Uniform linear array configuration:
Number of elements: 24
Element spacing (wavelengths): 1
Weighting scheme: kaiser
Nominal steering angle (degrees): -60
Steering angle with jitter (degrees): -61.282
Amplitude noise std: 0.05
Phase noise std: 0.05

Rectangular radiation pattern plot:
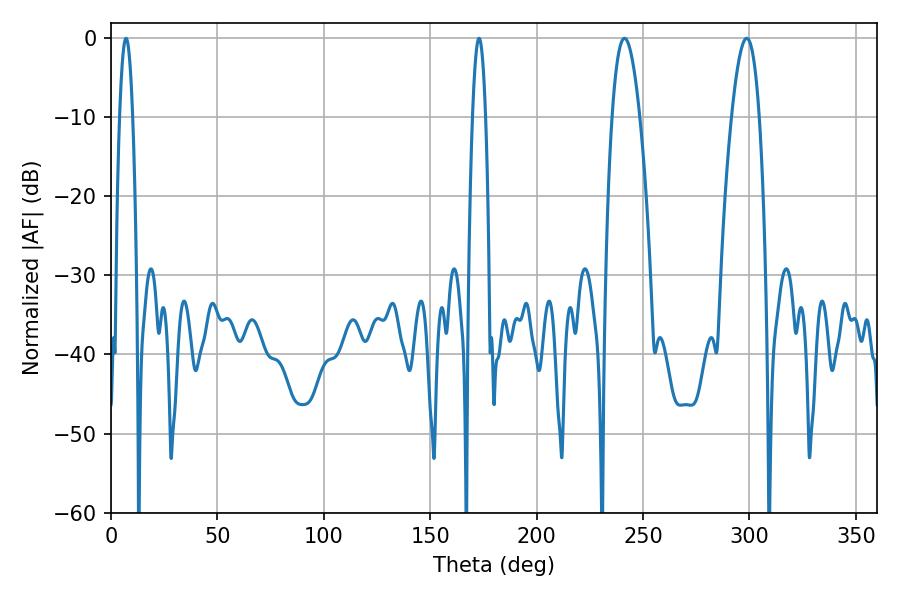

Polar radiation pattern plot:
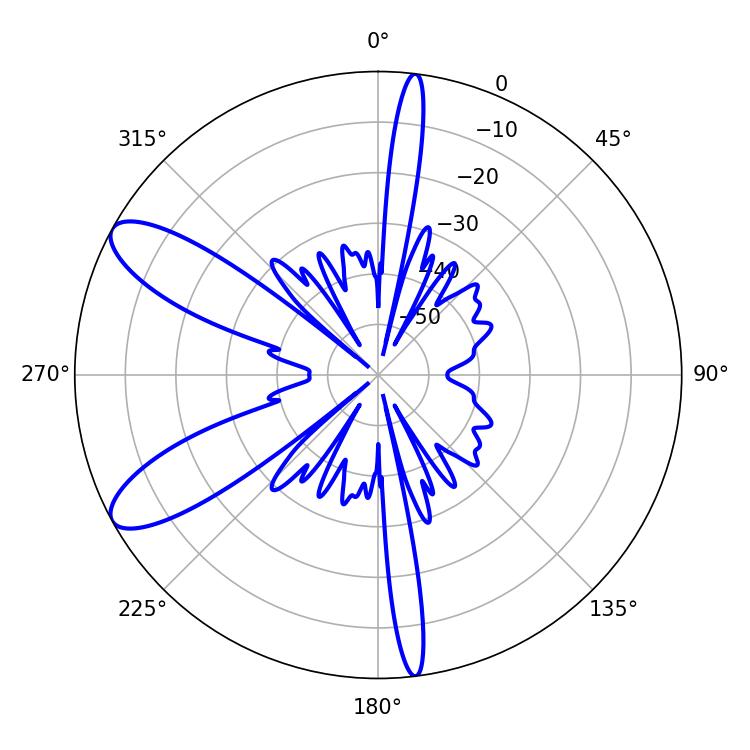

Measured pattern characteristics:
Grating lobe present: TRUE
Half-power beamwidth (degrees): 7.02
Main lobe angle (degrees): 241.2